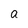
Character: a